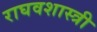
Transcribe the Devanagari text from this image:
राघवशास्त्री